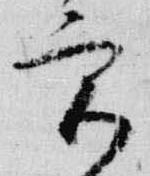
宮